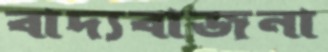
বাদ্যবাজনা